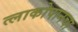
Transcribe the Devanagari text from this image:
त्लाकोपानचा